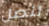
لنصل